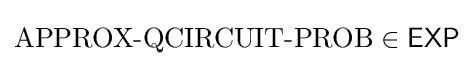
{\text{APPROX-QCIRCUIT-PROB}}\in {\mathsf {EXP}}